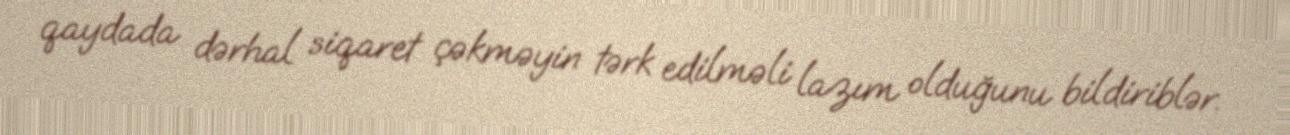
qaydada dərhal siqaret çəkməyin tərk edilməli lazım olduğunu bildiriblər.